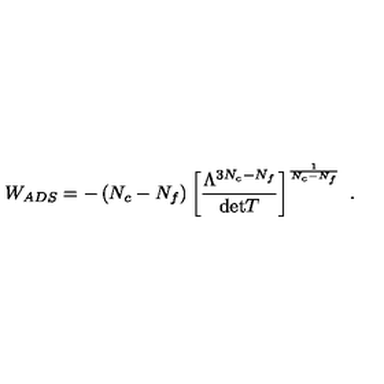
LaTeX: W _ { A D S } = - \left( N _ { c } - N _ { f } \right) \left[ \frac { \Lambda ^ { 3 N _ { c } - N _ { f } } } { \mathrm { d e t } T } \right] ^ { \frac { 1 } { N _ { c } - N _ { f } } } \ .